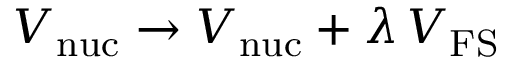
V _ { \mathrm { n u c } } \to V _ { \mathrm { n u c } } + \lambda \, V _ { \mathrm { F S } }